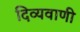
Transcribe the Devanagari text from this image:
दिव्यवाणी